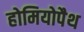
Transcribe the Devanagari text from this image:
होमियोपैथ